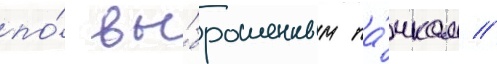
по́ вы́брошенным па́чкам //